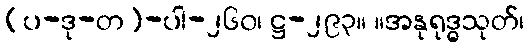
(ပ-ဒု-တ)-ပါ-၂၆၀၊ ဋ္ဌ-၂၉၃။ ။အနုရုဒ္ဓသုတ်၊